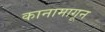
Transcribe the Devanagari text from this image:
कानामागून